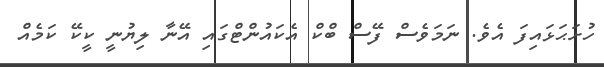
ހުށަޙަޅައިފަ އެވެ. ނަމަވެސް ފޭސް ބްކް އެކައުންޓްގައި އޭނާ ލިޔުނީ ކީކޭ ކަމެއް